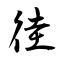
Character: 徍